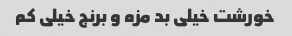
خورشت خیلی بد مزه و برنج خیلی کم